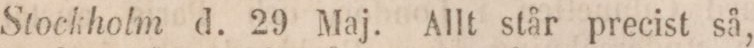
Stockholm d. 29 Maj. Allt står precist så,